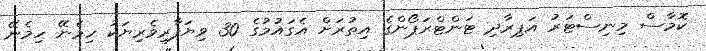
ކޮމާސް މިނިސްޓަރު އަޕިރާދި ޓަންޓްރަޕޯންގެ އިތުރަށް އެގައުމުގެ 30 ވިޔަފާރިވެރިޔަކު ހިމެނޭ ހިމެނޭ